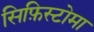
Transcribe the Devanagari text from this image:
सिफ़िस्टोमा